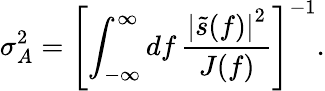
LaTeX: \sigma_{A}^{2}=\left[\int_{-\infty}^{\infty}\mathop{df}\frac{\left|\tilde{s}(f)\right|^{2}}{J(f)}\right]^{-1}.